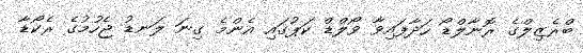
ބްރެޒިލްގެ ރޮނާލްޑޯ ހަދާފައިވާ ވޯލްޑް ކަޕުގައި އެންމެ ގިނަ ލަނޑު ޖެހުމުގެ ރެކޯޑާ